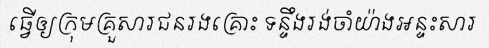
ធ្វើឲ្យក្រុមគ្រួសារជនរងគ្រោះ ទន្ទឹងរង់ចាំយ៉ាងអន្ទះសារ